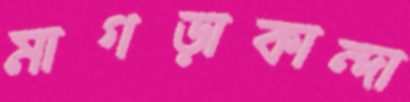
মাগড়াকান্দা